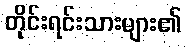
တိုင်းရင်းသားများ၏